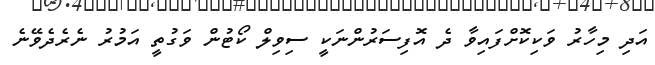
އަދި މިހާރު ވަކިކޮށްފައިވާ ދެ އޮފިސަރުންނަކީ ސިވިލް ކޯޓުން ވަގުތީ އަމުރު ނެރެދެވޭނެ